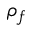
\rho _ { f }